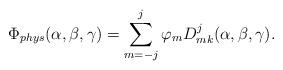
LaTeX: \begin{align*}\Phi_{phys}(\alpha,\beta,\gamma) = \sum_{m=-j}^j \varphi_mD^j_{mk}(\alpha,\beta,\gamma).\end{align*}